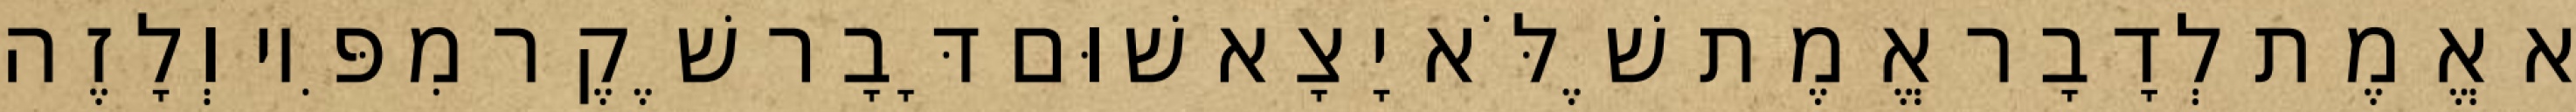
א אֱמֶת לְדָבָר אֱמֶת שֶׁלֹּא יָצָא שׁוּם דָּבָר שֶׁקֶר מִפִּיו וְלָזֶה